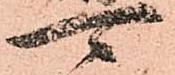
可